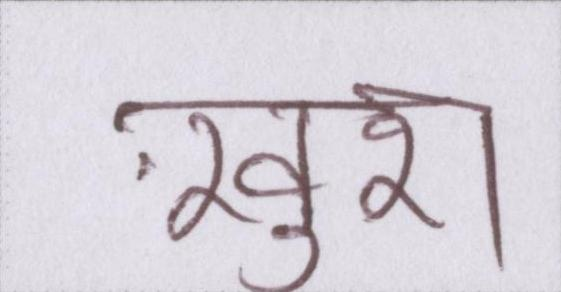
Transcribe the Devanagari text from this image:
ख़ुश